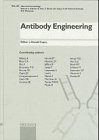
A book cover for Antibody Engineering (Chemical Immunology and Allergy, Vol. 65) (v. 65); Medical Books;